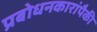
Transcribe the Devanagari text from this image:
प्रबोधनकारांपैकी